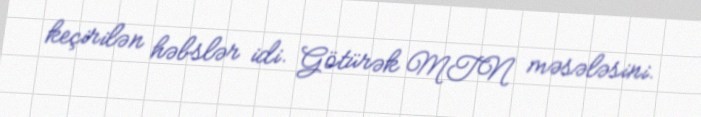
keçirilən həbslər idi. Götürək MTN məsələsini.